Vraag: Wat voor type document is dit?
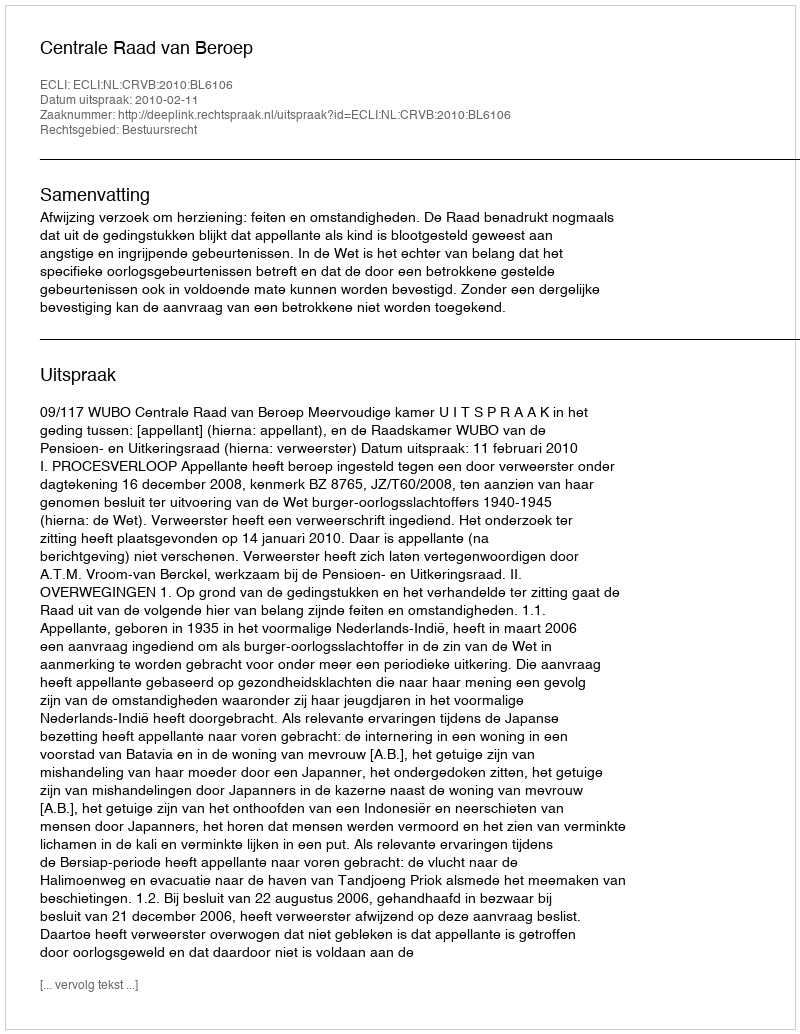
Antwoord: Uitspraak